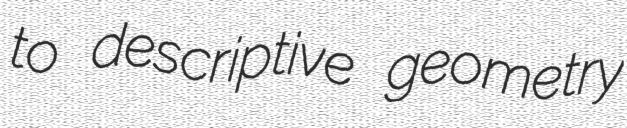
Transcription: to descriptive geometry